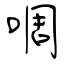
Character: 啁